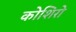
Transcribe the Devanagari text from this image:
कोशिरो